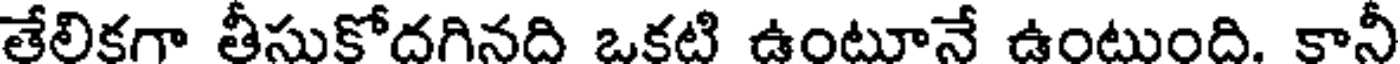
తేలికగా తీసుకోదగినది ఒకటి ఉంటూనే ఉంటుంది. కానీ